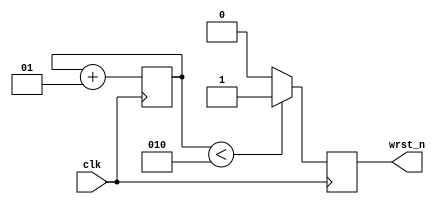
 module WRITE_RST_N 
 (output reg  wrst_n,
input clk);
integer count=0;
always @( posedge clk)
begin
if (count<2) 
wrst_n <= 1;
else 
wrst_n <= 0;

count <=  count +1 ;
 end
endmodule